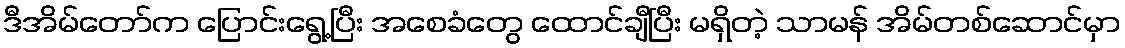
ဒီအိမ်တော်က ပြောင်းရွေ့ပြီး အစေခံတွေ ထောင်ချီပြီး မရှိတဲ့ သာမန် အိမ်တစ်ဆောင်မှာ